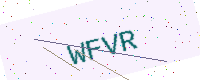
Text: WFVR